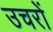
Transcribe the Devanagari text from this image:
उचरों